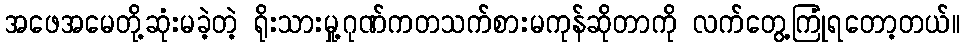
အဖေအမေတို့ဆုံးမခဲ့တဲ့ ရိုးသားမှု့ဂုဏ်ကတသက်စားမကုန်ဆိုတာကို လက်တွေ့ကြုံရတော့တယ်။